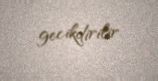
gecikdirilir.